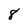
Character: 8